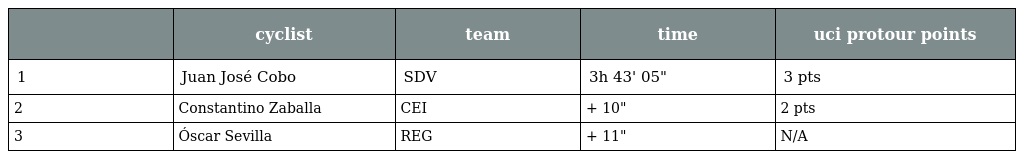
|  | cyclist | team | time | uci protour points |
 | --- | --- | --- | --- | --- |
 | 1 | Juan José Cobo | SDV | 3h 43' 05" | 3 pts |
 | 2 | Constantino Zaballa | CEI | + 10" | 2 pts |
 | 3 | Óscar Sevilla | REG | + 11" | N/A |